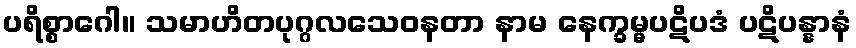
ပရိစ္စာဂေါ။ သမာဟိတပုဂ္ဂလသေဝနတာ နာမ နေက္ခမ္မပဋိပဒံ ပဋိပန္နာနံ